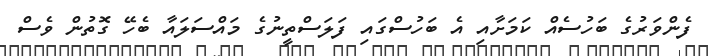
ފެންވަރުގެ ބަހުސެއް ކަމަށާއި އެ ބަހުސްގައި ފަލަސްތީނުގެ މައްސަލައާ ބެހޭ ގޮތުން ވެސް